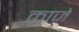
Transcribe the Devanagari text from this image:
काजे